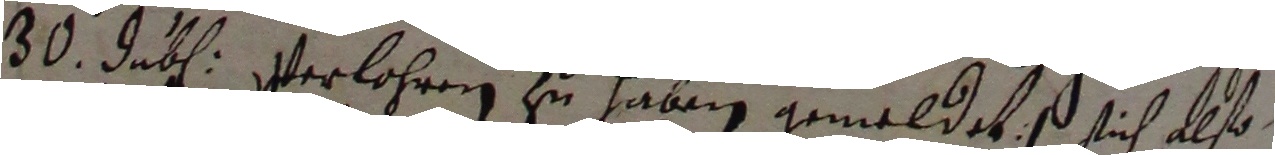
30. jub verlehren zu haben gemeldet, s sich also